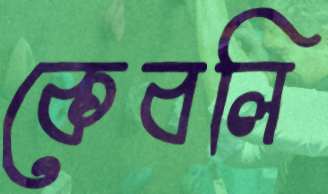
কেবলি